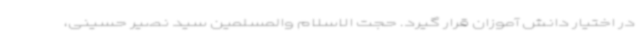
در اختیار دانش آموزان قرار گیرد. حجت الاسلام والمسلمین سید نصیر حسینی،